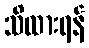
သိထားရန်